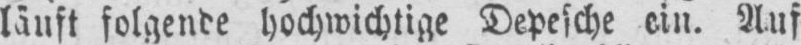
läuft folgende hochwichtige Depesche ein. Auf